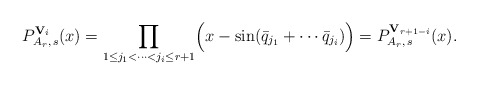
\begin{align*}P_{A_r,\,s}^{{\bf V}_i}(x)=\prod_{1\leq j_1<\cdots<j_i\leq r+1} \Bigl(x-\sin(\bar{q}_{j_1}+\cdots\bar{q}_{j_i})\Bigr) =P_{A_r,\,s}^{{\bf V}_{r+1-i}}(x). \end{align*}